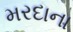
મરદાના